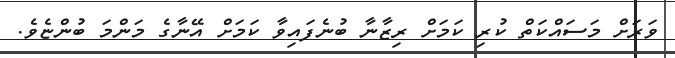
ވަރަށް މަސައްކަތް ކުރި ކަމަށް ރިޒާނާ ބުނެފައިވާ ކަމަށް އޭނާގެ މަންމަ ބުންޏެވެ.